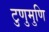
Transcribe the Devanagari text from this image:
टुणुमुणि